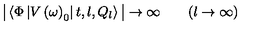
\big | \left\langle \Phi \left| V \left( \omega \right) _ { 0 } \right| t , l , Q _ { l } \right\rangle \big | \to \infty \qquad ( l \to \infty )